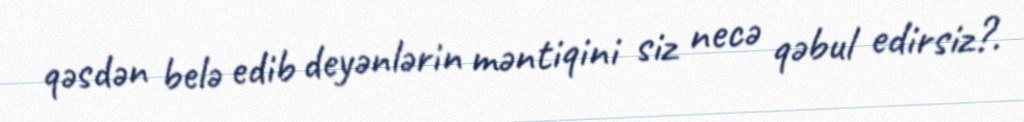
qəsdən belə edib deyənlərin məntiqini siz necə qəbul edirsiz?.